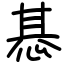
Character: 惎